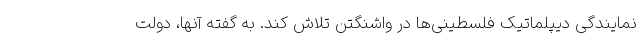
نمایندگی دیپلماتیک فلسطینی‌ها در واشنگتن تلاش کند. به گفته آنها، دولت